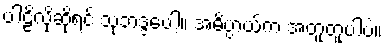
ပါဠိလိုဆိုရင် သုဘဒ္ဒပေါ့။ အဓိပ္ပာယ်က အတူတူပါပဲ။